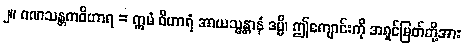
၂။ ဂဏသန္တကဝိဟာရ = ဣမံ ဝိဟာရံ အာယသ္မန္တာနံ ဒမ္မိ၊ ဤကျောင်းကို အရှင်မြတ်တို့အား